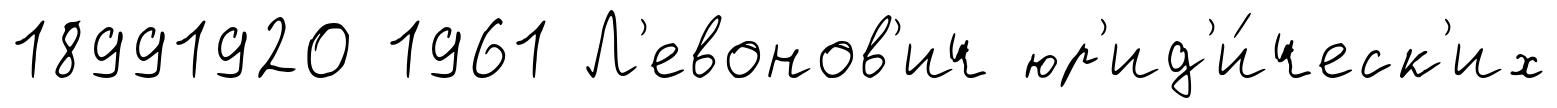
18991920 1961 Л'евонов'ич юр'ид'и́ческ'их